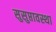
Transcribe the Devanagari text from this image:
सुसुप्तावस्था